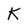
Character: K